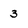
Character: 3